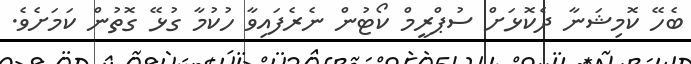
ބެހޭ ކޮމިޝަނާ ދެކޮޅަށް ސުޕްރީމް ކޯޓުން ނެރެފައިވާ ހުކުމާ ގުޅޭ ގޮތުން ކަމަށެވެ.